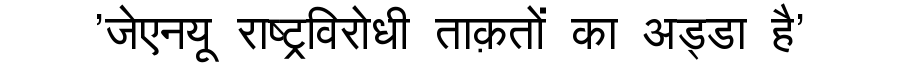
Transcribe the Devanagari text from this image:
'जेएनयू राष्ट्रविरोधी ताक़तों का अड्डा है'